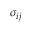
\sigma _ { i j }